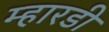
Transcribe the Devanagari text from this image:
म्हारडी